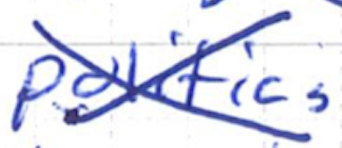
Text: politics
Cross-out: cross
Writing tool: ballpoint